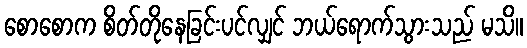
စောစောက စိတ်တိုနေခြင်းပင်လျှင် ဘယ်ရောက်သွားသည် မသိ။